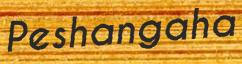
Peshangaha